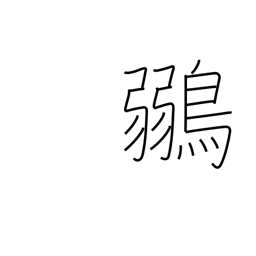
Meaning: greenfinch